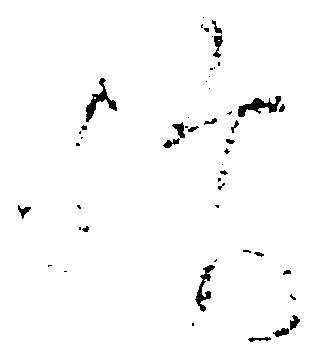
歟